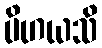
ပိဟယသိ